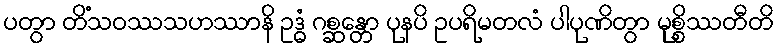
ပတွာ တိံသဝဿသဟဿာနိ ဥဒ္ဓံ ဂစ္ဆန္တော ပုနပိ ဥပရိမတလံ ပါပုဏိတွာ မုစ္စိဿတီတိ